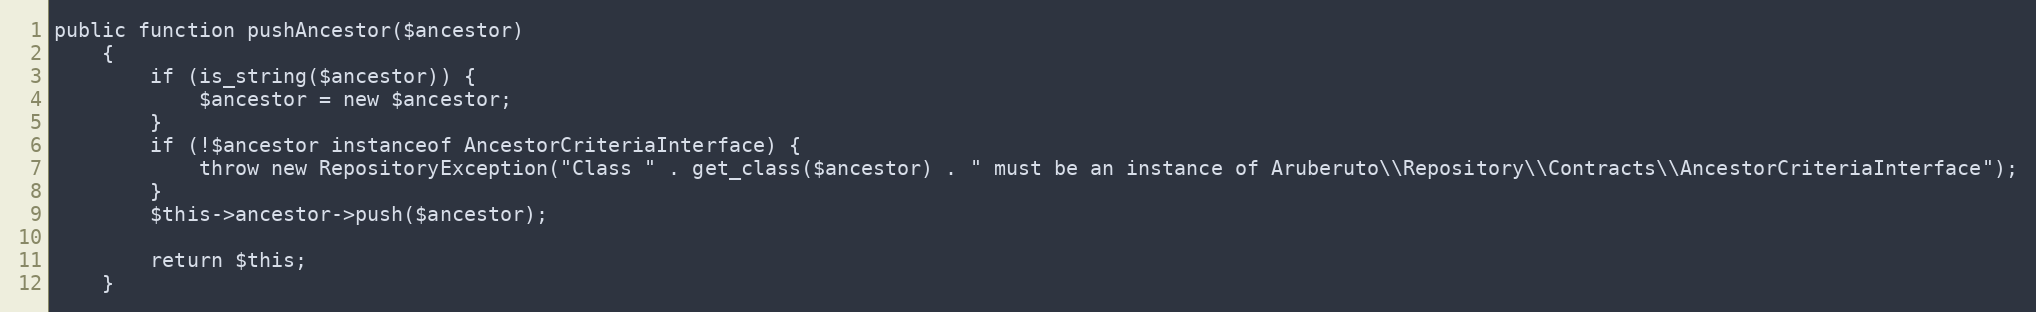
Language: PHP
public function pushAncestor($ancestor)
    {
        if (is_string($ancestor)) {
            $ancestor = new $ancestor;
        }
        if (!$ancestor instanceof AncestorCriteriaInterface) {
            throw new RepositoryException("Class " . get_class($ancestor) . " must be an instance of Aruberuto\\Repository\\Contracts\\AncestorCriteriaInterface");
        }
        $this->ancestor->push($ancestor);

        return $this;
    }